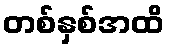
တစ်နှစ်အထိ